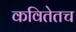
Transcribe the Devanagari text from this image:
कवितेतच